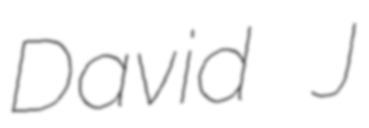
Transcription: David J